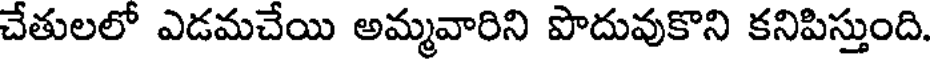
చేతులలో ఎడమచేయి అమ్మవారిని పొదువుకొని కనిపిస్తుంది.